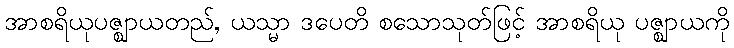
အာစရိယုပဇ္ဈာယတည်, ယသ္မာ ဒပေတိ စသောသုတ်ဖြင့် အာစရိယု ပဇ္ဈာယကို